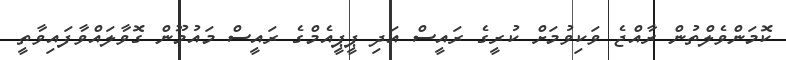
ކޮމަންވެލްތުން ރާއްޖެ ވަކިވުމަށް ކުރީގެ ރައީސް އަދި ޕީޕީއެމްގެ ރައީސް މައުމޫން ގޮވާލައްވާފައިވާތީ